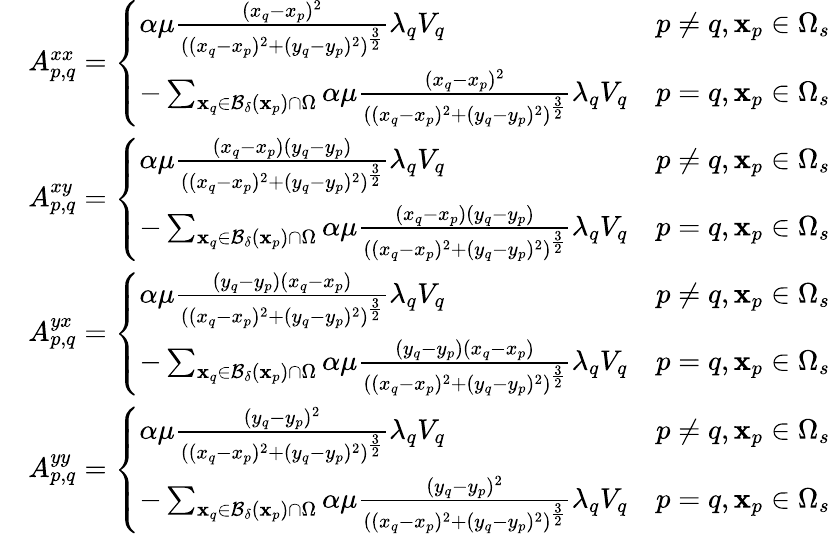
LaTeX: \begin{array}{rl}&{A_{p,q}^{xx}=\left\{ \begin{array}{ll}{\alpha\mu\frac{(x_{q}-x_{p})^{2}}{((x_{q}-x_{p})^{2}+(y_{q}-y_{p})^{2})^{\frac{3}{2}}}\lambda_{q}V_{q}}&{p\neq q,\mathbf{x}_{p}\in\Omega_{s}}\\ {-\sum_{\mathbf{x}_{q}\in\mathcal{B_{\delta}}(\mathbf{x}_{p})\cap\Omega}\alpha\mu\frac{(x_{q}-x_{p})^{2}}{((x_{q}-x_{p})^{2}+(y_{q}-y_{p})^{2})^{\frac{3}{2}}}\lambda_{q}V_{q}}&{p=q,\mathbf{x}_{p}\in\Omega_{s}}\end{array}\right.}\\ &{A_{p,q}^{xy}=\left\{ \begin{array}{ll}{\alpha\mu\frac{(x_{q}-x_{p})(y_{q}-y_{p})}{((x_{q}-x_{p})^{2}+(y_{q}-y_{p})^{2})^{\frac{3}{2}}}\lambda_{q}V_{q}}&{p\neq q,\mathbf{x}_{p}\in\Omega_{s}}\\ {-\sum_{\mathbf{x}_{q}\in\mathcal{B_{\delta}}(\mathbf{x}_{p})\cap\Omega}\alpha\mu\frac{(x_{q}-x_{p})(y_{q}-y_{p})}{((x_{q}-x_{p})^{2}+(y_{q}-y_{p})^{2})^{\frac{3}{2}}}\lambda_{q}V_{q}}&{p=q,\mathbf{x}_{p}\in\Omega_{s}}\end{array}\right.}\\ &{A_{p,q}^{yx}=\left\{ \begin{array}{ll}{\alpha\mu\frac{(y_{q}-y_{p})(x_{q}-x_{p})}{((x_{q}-x_{p})^{2}+(y_{q}-y_{p})^{2})^{\frac{3}{2}}}\lambda_{q}V_{q}}&{p\neq q,\mathbf{x}_{p}\in\Omega_{s}}\\ {-\sum_{\mathbf{x}_{q}\in\mathcal{B_{\delta}}(\mathbf{x}_{p})\cap\Omega}\alpha\mu\frac{(y_{q}-y_{p})(x_{q}-x_{p})}{((x_{q}-x_{p})^{2}+(y_{q}-y_{p})^{2})^{\frac{3}{2}}}\lambda_{q}V_{q}}&{p=q,\mathbf{x}_{p}\in\Omega_{s}}\end{array}\right.}\\ &{A_{p,q}^{yy}=\left\{ \begin{array}{ll}{\alpha\mu\frac{(y_{q}-y_{p})^{2}}{((x_{q}-x_{p})^{2}+(y_{q}-y_{p})^{2})^{\frac{3}{2}}}\lambda_{q}V_{q}}&{p\neq q,\mathbf{x}_{p}\in\Omega_{s}}\\ {-\sum_{\mathbf{x}_{q}\in\mathcal{B_{\delta}}(\mathbf{x}_{p})\cap\Omega}\alpha\mu\frac{(y_{q}-y_{p})^{2}}{((x_{q}-x_{p})^{2}+(y_{q}-y_{p})^{2})^{\frac{3}{2}}}\lambda_{q}V_{q}}&{p=q,\mathbf{x}_{p}\in\Omega_{s}}\end{array}\right.}\end{array}